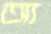
আ